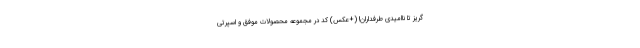
گریز تا ناامیدی طرفداران! (+عکس) کد در مجموعه محصولات موفق و اسپرتی